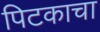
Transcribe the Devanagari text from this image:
पिटकाचा